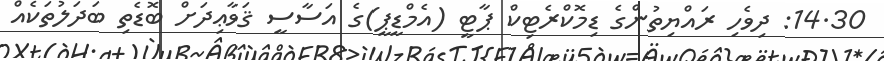
14.30: ދިވެހި ރައްޔިތުންގެ ޑިމޮކްރެޓިކް ޕާޓީ (އެމްޑީޕީ)ގެ އަސާސީ ޤަވާޢިދަށް ބޮޑެތި ބަދަލުތަކެއް